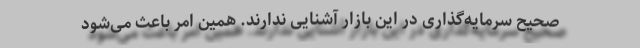
صحیح سرمایه‌گذاری در این بازار آشنایی ندارند. همین امر باعث می‌شود